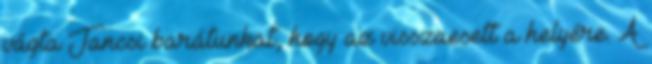
vágta Jancsi barátunkat, hogy az visszaesett a helyére. A